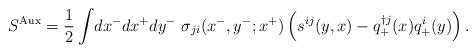
LaTeX: \begin{align*}S^{\rm Aux} =\frac{1}{2}\int\! dx^- dx^+ dy^- ~\sigma _{ji}(x^-,y^-;x^+) \left(s^{ij}(y,x)-q^{\dag j}_+ (x)q^i_+ (y)\right).\end{align*}